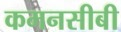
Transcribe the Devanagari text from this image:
कमनसीबी